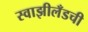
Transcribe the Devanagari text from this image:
स्वाझीलँडची